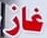
غاز